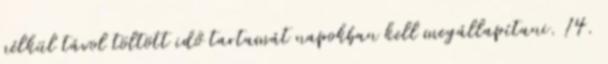
nélkül távol töltött idő tartamát napokban kell megállapítani. 14.